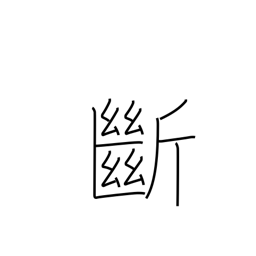
Meaning: cut off